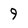
Character: 9